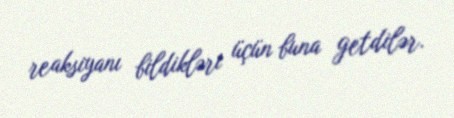
reaksiyanı bildikləri üçün buna getdilər.